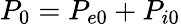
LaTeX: P_{0}=P_{e0}+P_{i0}